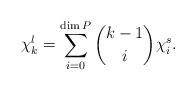
LaTeX: \begin{align*}\chi^l_k = \sum_{i =0}^{\dim P} \binom{k-1}{i} \chi^s_i.\end{align*}